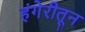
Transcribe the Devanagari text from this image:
हंगेरीतून